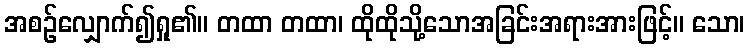
အစဉ်လျှောက်၍ရှု၏။ တထာ တထာ၊ ထိုထိုသို့သောအခြင်းအရားအားဖြင့်။ သော၊